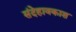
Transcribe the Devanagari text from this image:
संदेहावकाश